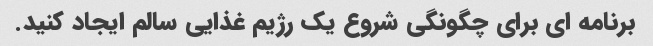
برنامه ای برای چگونگی شروع یک رژیم غذایی سالم ایجاد کنید.